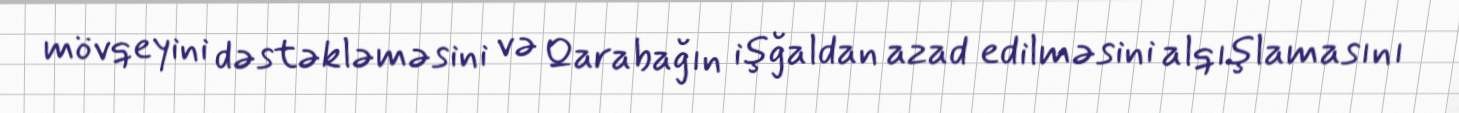
mövqeyini dəstəkləməsini və Qarabağın işğaldan azad edilməsini alqışlamasını